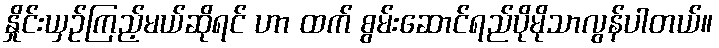
နှိုင်းယှဉ်ကြည့်မယ်ဆိုရင် ဟာ ထက် စွမ်းဆောင်ရည်ပိုမိုသာလွန်ပါတယ်။